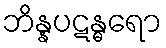
ဘိန္နပဋန္ဓရော